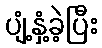
ပျံ့နှံ့ခဲ့ပြီး